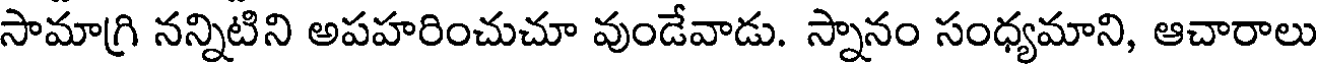
సామాగ్రి నన్నిటిని అపహరించుచూ వుండేవాడు. స్నానం సంధ్యమాని, ఆచారాలు